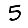
Digit: 5